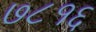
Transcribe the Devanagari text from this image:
७८१६